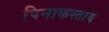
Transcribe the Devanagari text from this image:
पिनाकस्ताय